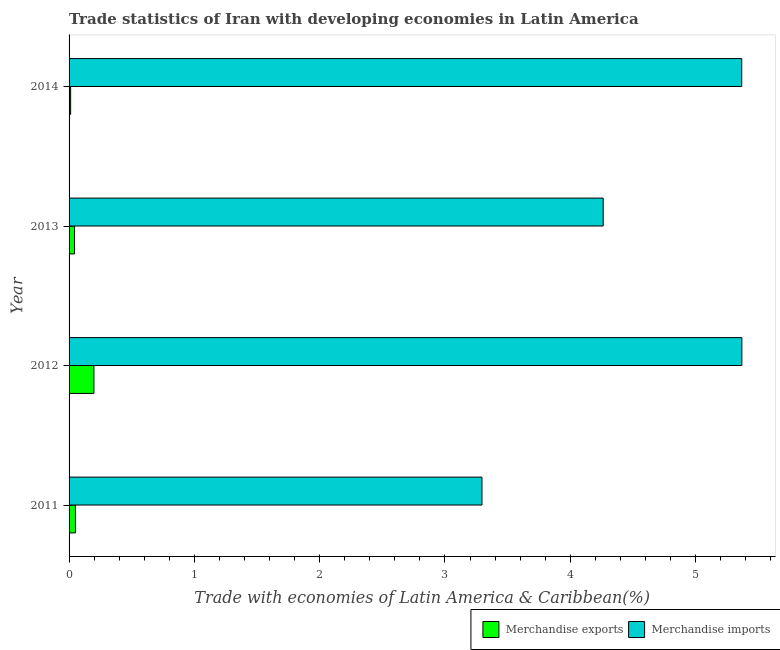
| Year | Merchandise exports | Merchandise imports |
 | --- | --- | --- |
 | 2011 | 0.0509 | 3.3 |
 | 2012 | 0.198 | 5.37 |
 | 2013 | 0.0437 | 4.26 |
 | 2014 | 0.0125 | 5.37 |